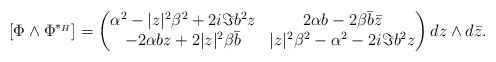
\begin{align*}[\Phi \wedge \Phi^{*_{H}}] = \begin{pmatrix} \alpha^2 - |z|^2\beta^2 + 2i \Im b^2 z & 2 \alpha b -2 \beta \bar b \bar z\\ -2 \alpha b z + 2 |z|^2 \beta \bar b& |z|^2\beta^2 - \alpha^2 - 2i \Im b^2 z\end{pmatrix} dz \wedge d\bar z. \end{align*}